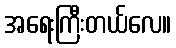
အရေးကြီးတယ်လေ။